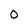
Character: 0